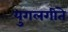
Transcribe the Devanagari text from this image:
युगलगीते